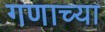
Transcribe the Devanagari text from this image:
गणाच्या